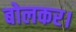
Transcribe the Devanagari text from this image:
बोलकर।